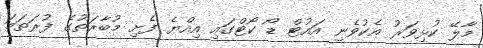
މާލޭ ކުޅިވަރު އެކުވެނި އައުޓް ޑޯ ކޯޓްގައި އިއްޔެ ފެށި މުބާރަތުގެ ފުރަތަމަ